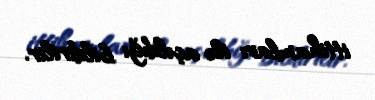
ittihamları ilə açıldığı bildirilir.